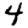
Digit: 4